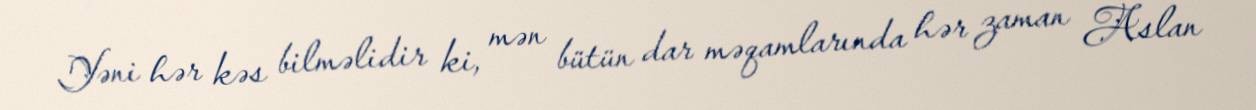
Yəni hər kəs bilməlidir ki, mən bütün dar məqamlarında hər zaman Aslan